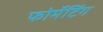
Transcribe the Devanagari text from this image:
फोर्मेटिंग